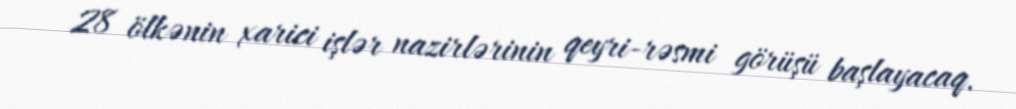
28 ölkənin xarici işlər nazirlərinin qeyri-rəsmi görüşü başlayacaq.